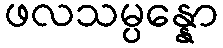
ဖလသမ္ပန္နော